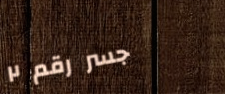
جسر رقم ٢